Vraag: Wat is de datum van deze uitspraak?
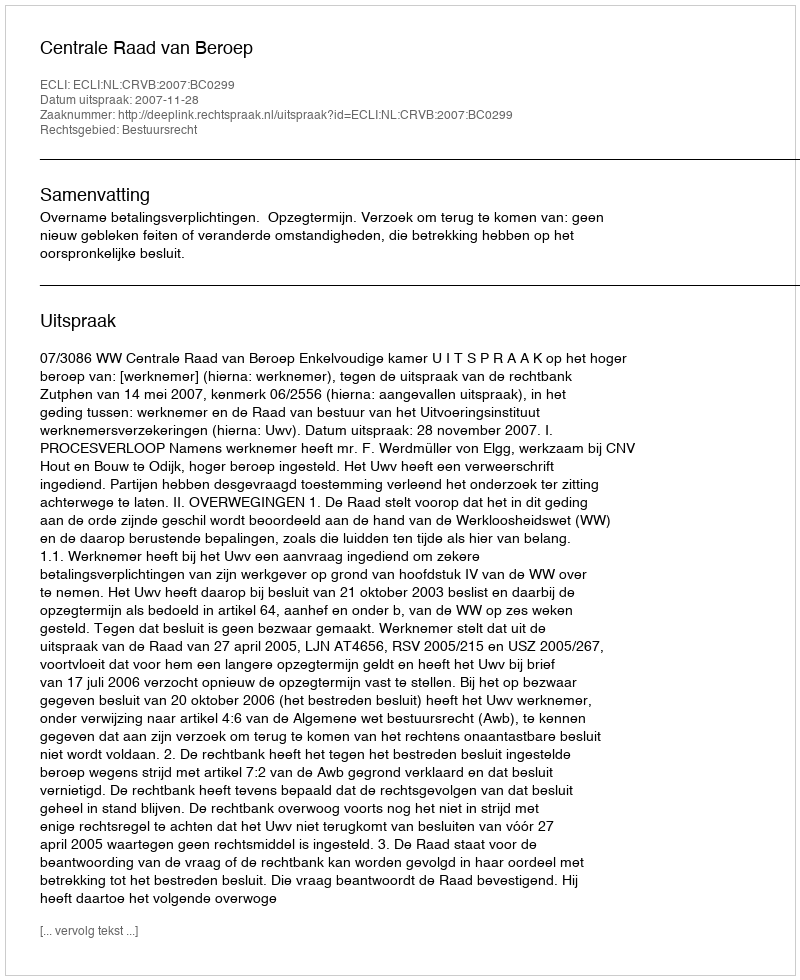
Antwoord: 2007-11-28